Trukikaitis_Postimees, lk 4
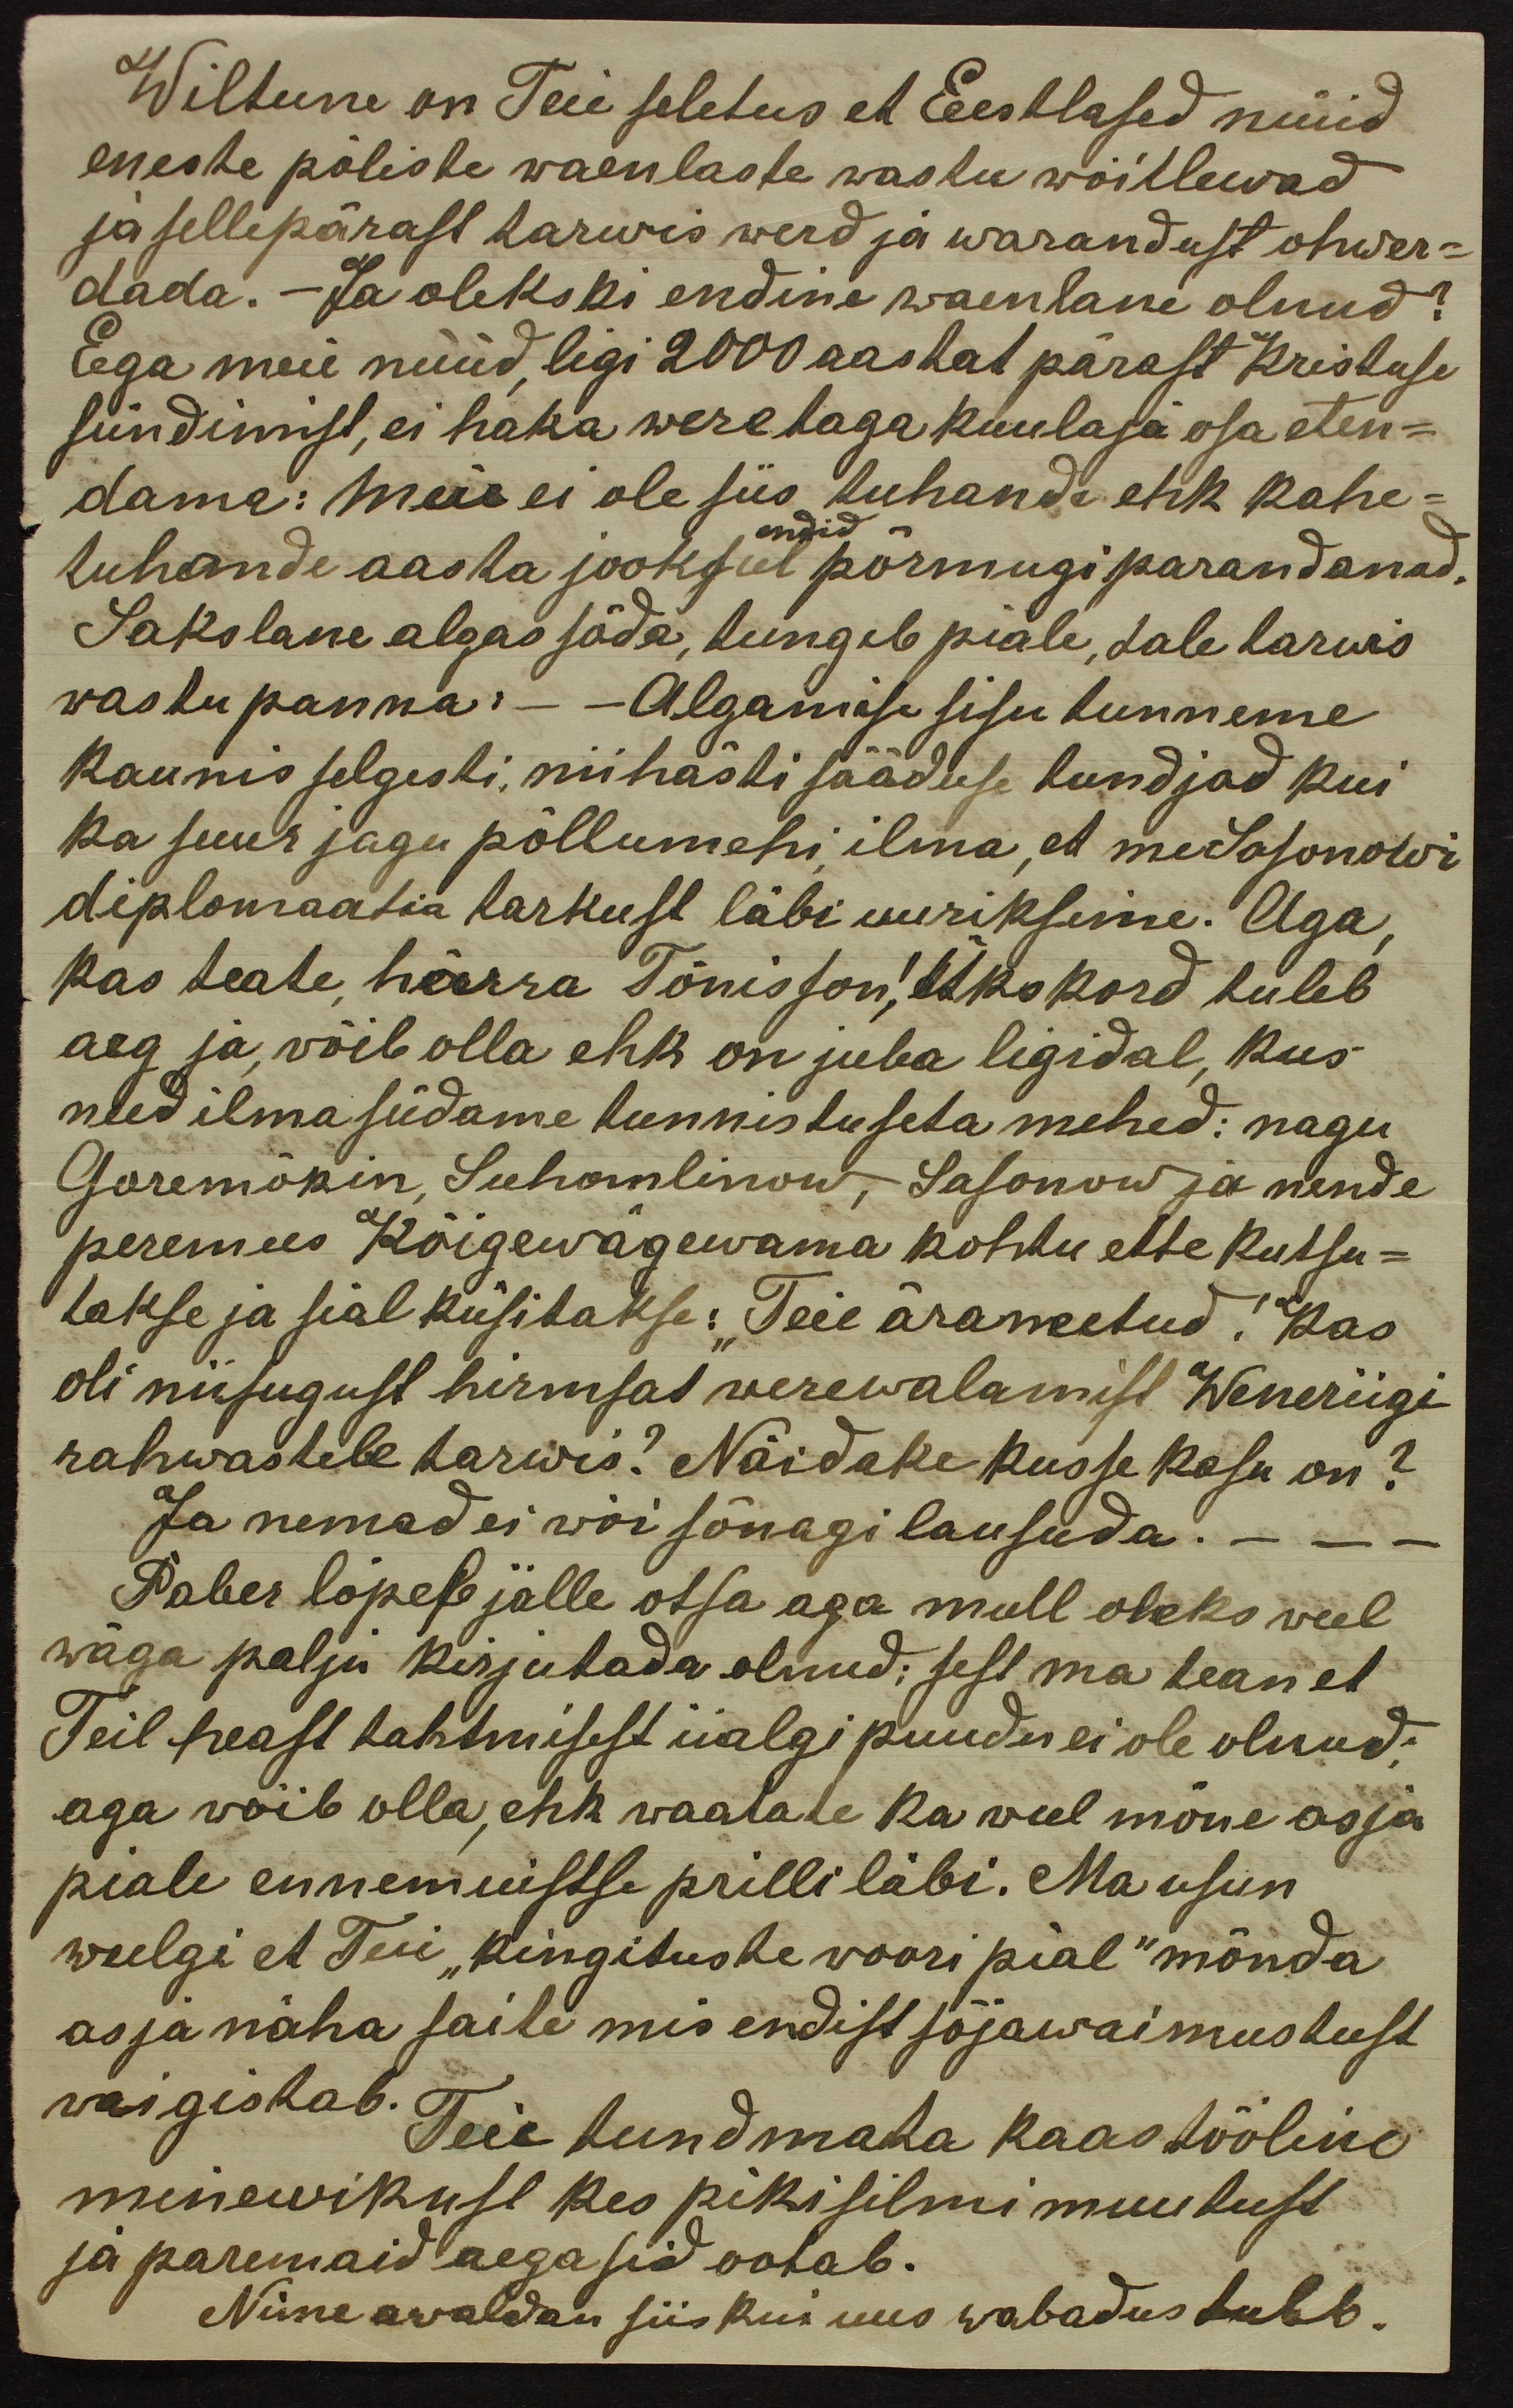
Wiltune on Teie seletus et Eestlased nüüd
eneste põliste waenlaste wastu wõitlewad
ja sellepärast tarwis werd ja warandust ohwer-
dada. – Ja olekski endine waenlane olnud?
Ega meie nüüd, ligi 2000 aastat pärast Kristuse
sündimist, ei haka were taga kuulaja osa eten-
dama: Meie ei ole siis tuhande ehk kahe-
endid
tuhande aasta jooksul põrmugi parandanud.
Sakslane algas sõda, tungib piale, tale tarwis
wastu panna: - Algamise sisu tunneme
kaunis selgesti, nii hästi sääduse tundjad kui
ka suur jagu põllumehi ilma, et me Sasonowi
diplomaatia tarkust läbi uuriksime. Aga,
kas teate härra Tõnisson! ükskord tuleb
aeg ja, võib olla ehk on juba ligidal, kus
need ilma südame tunnistuseta mehed: nagu
Goremõkin, Suhomlinow, Sasonow ja nende
peremees Kõigewägewama kohtu ette kutsu-
takse ja sial küsitakse: "Teie äraneetud! Kas
oli niisugust hirmsad werewalamist Weneriigi
rahwastele tarwis? Näidake kus se kasu on?
Ja nemad ei wõi sõnagi lausuda.
Paber lõpeb jälle otsa aga mull oleks weel
wäga palju kirjutada olnud: sest ma tean et
Teil heast tahtmisest iialgi puudus ei ole olnud:
aga wõib olla, ehk waatate ka weel mõne asja
piale ennemuistse prilli läbi. Ma usun
weelgi et Teie "kingituste woori pial" mõnda
asja näha saite mis endist sõjawaimustust
waigistab.
Teie tundmata kaastööline
minewikust kes pikisilmi muutust
ja paremaid aegasid ootab.
Nime awaldan siis kui uus wabadus tuleb.